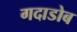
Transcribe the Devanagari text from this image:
गदाडोब